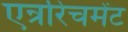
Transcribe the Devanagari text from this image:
एन्ररिचमेंट